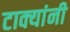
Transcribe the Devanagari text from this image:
टाक्यांनी